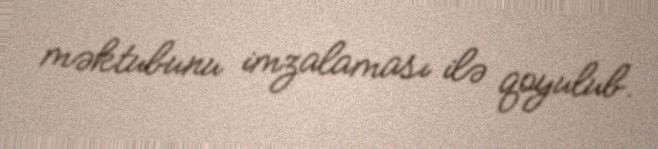
məktubunu imzalaması ilə qoyulub.